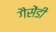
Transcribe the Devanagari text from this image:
गैसेंडी